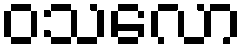
ဝသလော